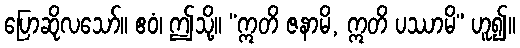
ပြောဆိုလသော်။ ဧဝံ၊ ဤသို့။ “ဣတိ ဇနာမိ, ဣတိ ပဿာမိ” ဟူ၍။